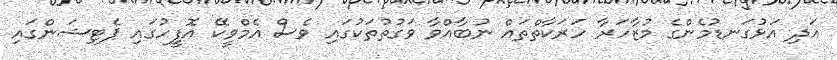
އަދި އަޅުގަނޑުމެންގެ މުޒާހަރާ ހަރަކާތްތައް ނުބާއްވާ ވަގުތުތަކުގައި ވެސް އެމްވީކޭ އޮފީހުގައި ޕެޓިޝަންގައި